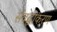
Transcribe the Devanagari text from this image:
संबद्धीकरण